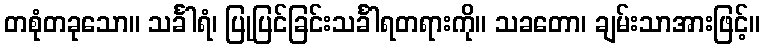
တစုံတခုသော။ သင်္ခါရံ၊ ပြုပြင်ခြင်းသင်္ခါရတရားကို။ သခတော၊ ချမ်းသာအားဖြင့်။